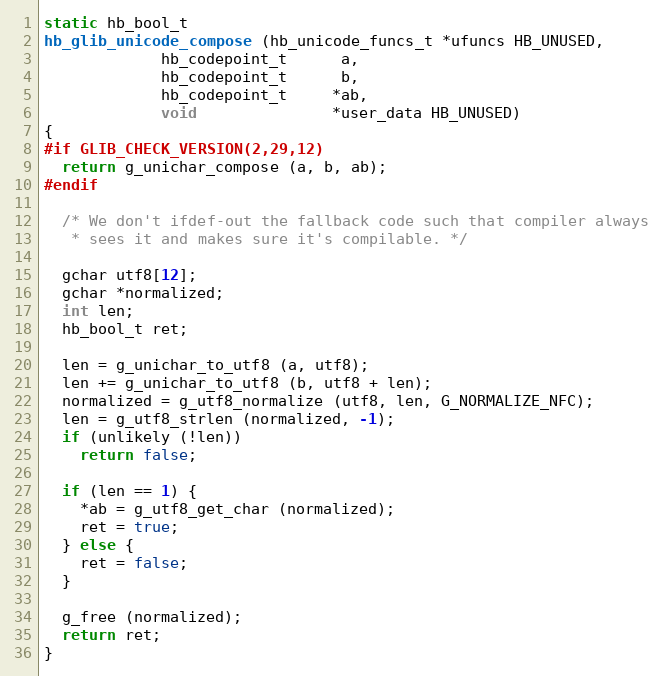
Language: C++
static hb_bool_t
hb_glib_unicode_compose (hb_unicode_funcs_t *ufuncs HB_UNUSED,
			 hb_codepoint_t      a,
			 hb_codepoint_t      b,
			 hb_codepoint_t     *ab,
			 void               *user_data HB_UNUSED)
{
#if GLIB_CHECK_VERSION(2,29,12)
  return g_unichar_compose (a, b, ab);
#endif

  /* We don't ifdef-out the fallback code such that compiler always
   * sees it and makes sure it's compilable. */

  gchar utf8[12];
  gchar *normalized;
  int len;
  hb_bool_t ret;

  len = g_unichar_to_utf8 (a, utf8);
  len += g_unichar_to_utf8 (b, utf8 + len);
  normalized = g_utf8_normalize (utf8, len, G_NORMALIZE_NFC);
  len = g_utf8_strlen (normalized, -1);
  if (unlikely (!len))
    return false;

  if (len == 1) {
    *ab = g_utf8_get_char (normalized);
    ret = true;
  } else {
    ret = false;
  }

  g_free (normalized);
  return ret;
}